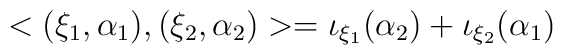
<(\xi_1, \alpha_1),(\xi_2, \alpha_2)>=\iota_{\xi_1}( \alpha_2 )+\iota_{\xi_2}( \alpha_1 )